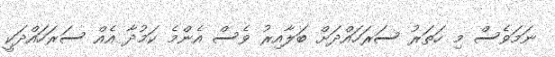
ނަމަވެސް މި ހަތަރު ސަރަހައްދަށް ބަލާއިރު ވެސް އެންމެ ކަމުދާ އެއް ސަރަހައްދަކީ